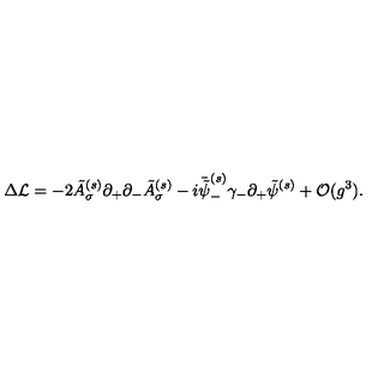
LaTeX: \Delta { \cal L } = - 2 \tilde { A } _ { \sigma } ^ { ( s ) } \partial _ { + } \partial _ { - } \tilde { A } _ { \sigma } ^ { ( s ) } - i \bar { \tilde { \psi } } _ { - } ^ { ( s ) } \gamma _ { - } \partial _ { + } \tilde { \psi } ^ { ( s ) } + { \cal O } ( g ^ { 3 } ) .